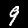
Label: 9